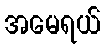
အမေရယ်